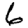
Digit: 6